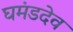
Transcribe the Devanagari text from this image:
घमंडदेव